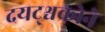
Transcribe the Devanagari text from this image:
दयट्श्चक्रोने